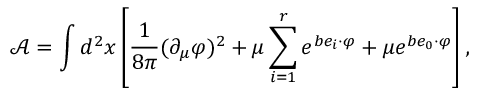
\mathcal { A } = \int d ^ { 2 } x \left[ \frac { 1 } { 8 \pi } ( \partial _ { \mu } \varphi ) ^ { 2 } + \mu \sum _ { i = 1 } ^ { r } e ^ { b e _ { i } \cdot \varphi } + \mu e ^ { b e _ { 0 } \cdot \varphi } \right] ,